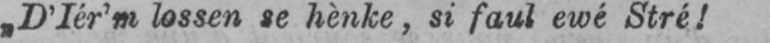
„D’Iér’m lossen se hènke, si faul ewé Stré!